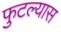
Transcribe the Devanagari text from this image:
फुटल्यास